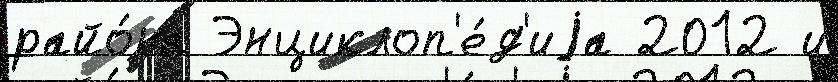
райо́на Энциклоп'е́д'иjа 2012 и